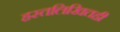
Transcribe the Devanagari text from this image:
हस्तलिखितही